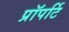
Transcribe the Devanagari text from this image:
प्रॉपर्टि